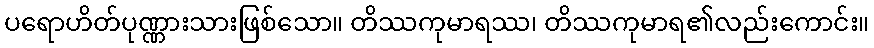
ပရောဟိတ်ပုဏ္ဏားသားဖြစ်သော။ တိဿကုမာရဿ၊ တိဿကုမာရ၏လည်းကောင်း။